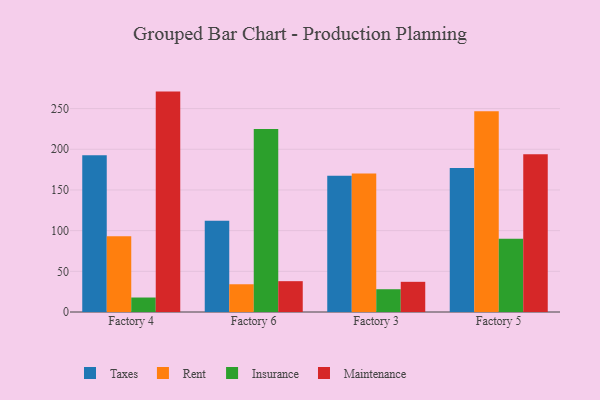
{"axis": {"x": "Factory", "y": "Budget (USD K)"}, "legend": ["Insurance", "Maintenance", "Rent", "Taxes"], "data": [{"x": "Factory 4", "y": 192.7, "type": "Taxes"}, {"x": "Factory 4", "y": 93.0, "type": "Rent"}, {"x": "Factory 4", "y": 17.8, "type": "Insurance"}, {"x": "Factory 4", "y": 270.9, "type": "Maintenance"}, {"x": "Factory 6", "y": 112.3, "type": "Taxes"}, {"x": "Factory 6", "y": 34.1, "type": "Rent"}, {"x": "Factory 6", "y": 224.9, "type": "Insurance"}, {"x": "Factory 6", "y": 37.9, "type": "Maintenance"}, {"x": "Factory 3", "y": 167.6, "type": "Taxes"}, {"x": "Factory 3", "y": 170.1, "type": "Rent"}, {"x": "Factory 3", "y": 28.0, "type": "Insurance"}, {"x": "Factory 3", "y": 37.1, "type": "Maintenance"}, {"x": "Factory 5", "y": 176.9, "type": "Taxes"}, {"x": "Factory 5", "y": 246.9, "type": "Rent"}, {"x": "Factory 5", "y": 90.0, "type": "Insurance"}, {"x": "Factory 5", "y": 194.0, "type": "Maintenance"}]}